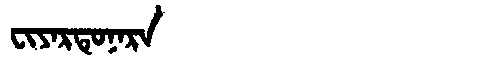
Manchu: ᠸᡳᠶᠠᡵᡨᡠᠨᠠᡵᠠ
Romanization: FIYARTUNARA